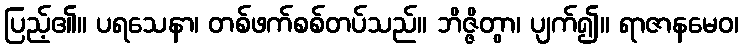
ပြည့်၏။ ပရသေနာ၊ တစ်ဖက်စစ်တပ်သည်။ ဘိဇ္ဇိတွာ၊ ပျက်၍။ ရာဇာနမေဝ၊